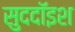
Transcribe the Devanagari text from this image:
सुददॉइश